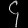
Digit: ၄